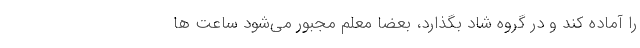
را آماده کند و در گروه شاد بگذارد، بعضا معلم مجبور می‌شود ساعت ها